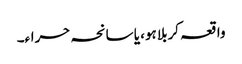
واقعہ کربلا ہو، یا سانحہ حراء۔